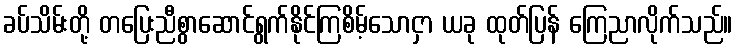
ခပ်သိမ်းတို့ တပြေးညီစွာဆောင်ရွက်နိုင်ကြစိမ့်သောငှာ ယခု ထုတ်ပြန် ကြေညာလိုက်သည်။